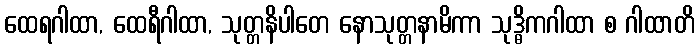
ထေရဂါထာ, ထေရီဂါထာ, သုတ္တနိပါတေ နောသုတ္တနာမိကာ သုဒ္ဓိကဂါထာ စ ဂါထာတိ